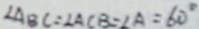
\angle A B C = \angle A C B = \angle A = 6 0 ^ { \circ }